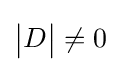
{\begin{vmatrix}D\end{vmatrix}}\neq 0